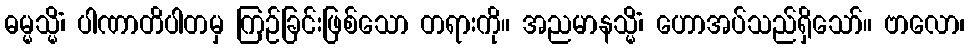
ဓမ္မသ္မိံ၊ ပါဏာတိပါတမှ ကြဉ်ခြင်းဖြစ်သော တရားကို။ အညမာနသ္မိံ၊ ဟောအပ်သည်ရှိသော်။ ဗာလော၊